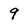
Character: 9